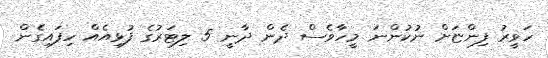
ހަވީރު ފިންޏަށް ނުކުންނަ މީހާވެސް ދެން ދާނީ 5 ލިޓަރުގެ ފުޅިއެއް ހިފައިގެން